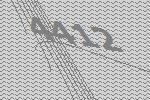
4412